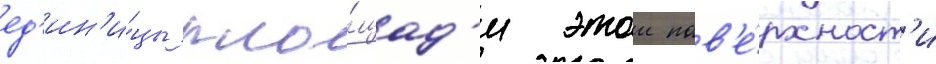
ед'ин'и́цы пло́щад'и этои пов'е́рхност'и